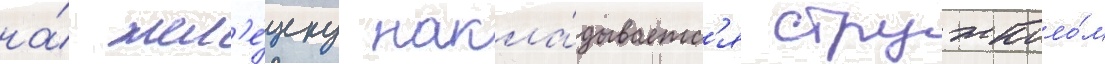
на́ жел'е́зку накла́дываетс'я стружколо́м